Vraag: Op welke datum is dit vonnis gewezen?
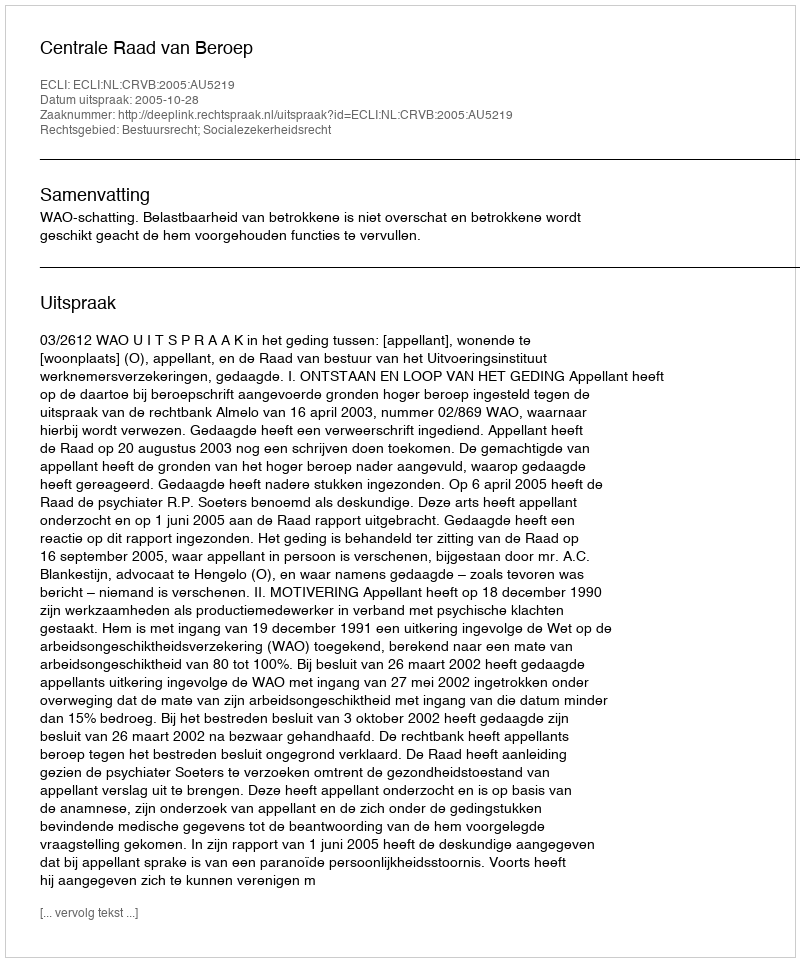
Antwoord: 2005-10-28